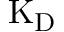
\mathrm { K } _ { \mathrm { D } }